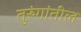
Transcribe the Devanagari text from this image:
तुरुंगांतील